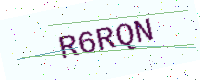
Text: R6RQN